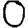
Digit: 0